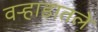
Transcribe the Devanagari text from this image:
वऱ्हाडातले